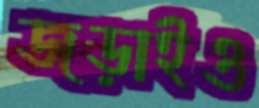
জড়াইও